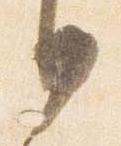
日